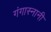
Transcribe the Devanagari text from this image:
गंगास्नानी